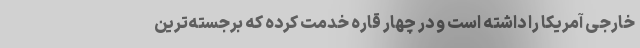
خارجی آمریکا را داشته است و در چهار قاره خدمت کرده که برجسته‌ترین